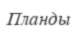
Планды